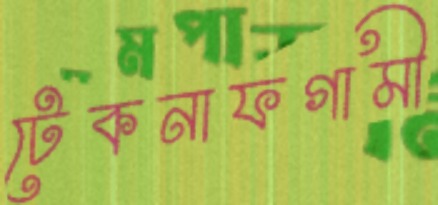
টেকনাফগামী